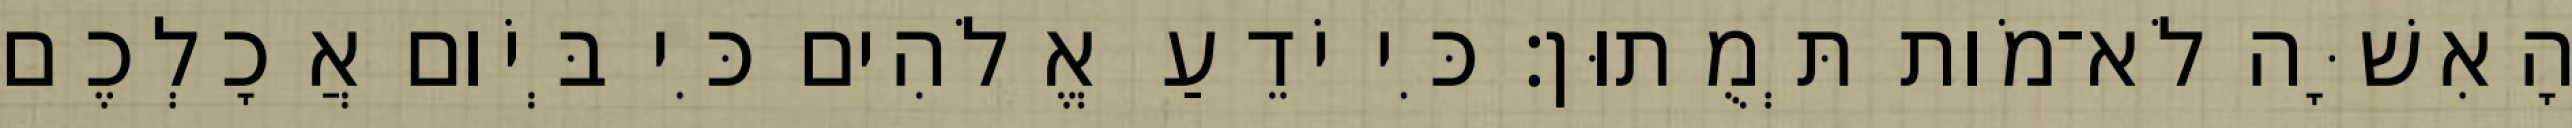
הָאִשָּׁה לֹא־מֹות תְּמֻתוּן׃ כִּי יֹדֵעַ אֱלֹהִים כִּי בְּיֹום אֲכָלְכֶם